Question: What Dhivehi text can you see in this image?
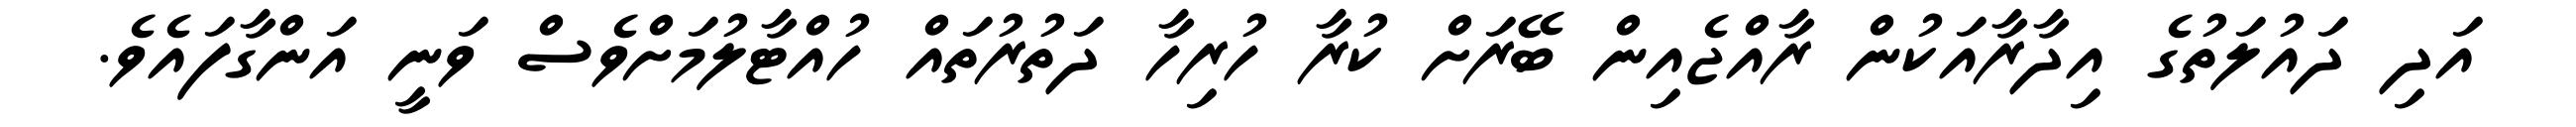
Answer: އަދި ދައުލަތުގެ އިދާރާއަކުން ރާއްޖެއިން ބޭރަށް ކުރާ ހުރިހާ ދަތުރުތައް ހުއްޓާލުމަށްވެސް ވަނީ އަންގާފައެވެ.